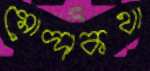
মোদ্দাকথা